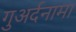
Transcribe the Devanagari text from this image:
गुअर्दनामा